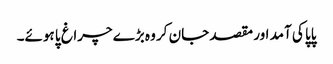
پاپا کی آمد اور مقصد جان کر وہ بڑے چراغ پا ہوئے۔